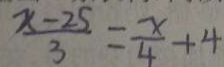
\frac { x - 2 5 } { 3 } = \frac { x } { 4 } + 4